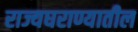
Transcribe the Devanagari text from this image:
राज्यघराण्यातील